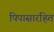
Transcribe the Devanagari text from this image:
पिपासारहित